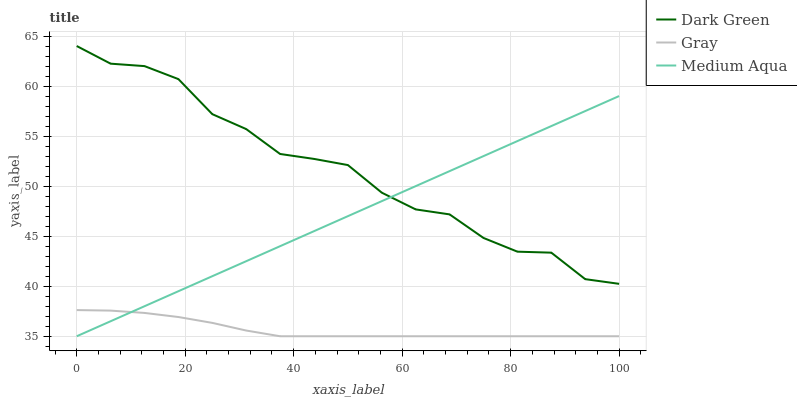
| xaxis_label | Dark Green | Gray | Medium Aqua |
 | --- | --- | --- | --- |
 | 0 | 64 | 37.6 | 35 |
 | 6.25 | 62.2 | 37.6 | 36.5 |
 | 12.5 | 62 | 37.3 | 38 |
 | 18.8 | 60.7 | 36.9 | 39.5 |
 | 25 | 57.2 | 36.3 | 41 |
 | 31.2 | 55.7 | 35.6 | 42.5 |
 | 37.5 | 53.2 | 35 | 44 |
 | 43.8 | 52.7 | 35 | 45.5 |
 | 50 | 52.1 | 35 | 47 |
 | 56.2 | 49.3 | 35 | 48.5 |
 | 62.5 | 47.7 | 35 | 50 |
 | 68.8 | 47.2 | 35 | 51.5 |
 | 75 | 44.8 | 35 | 53 |
 | 81.2 | 43.5 | 35 | 54.5 |
 | 87.5 | 43.4 | 35 | 56 |
 | 93.8 | 40.7 | 35 | 57.5 |
 | 100 | 40.2 | 35 | 59 |